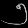
Digit: ၅